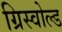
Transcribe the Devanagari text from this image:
ग्रिस्वोल्ड